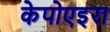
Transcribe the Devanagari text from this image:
केपोएइरा